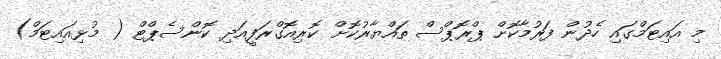
މި އައިޓަމްގައި ހެދުން ފަރުމާކޮށް ޕްރޮޕްސް ތައްޔާރުކޮށް ކޮރިއޮގްރަފީއަދި ކޮންސެޕްޓް ( މުޅިއައިޓަމް)